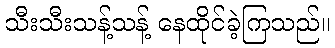
သီးသီးသန့်သန့် နေထိုင်ခဲ့ကြသည်။